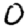
Digit: 0